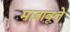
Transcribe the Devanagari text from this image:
मात्रावृत्ते